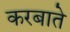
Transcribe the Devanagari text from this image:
करबाते